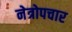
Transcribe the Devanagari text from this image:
नेत्रोपचार